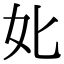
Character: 𡚧